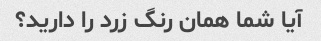
آیا شما همان رنگ زرد را دارید؟